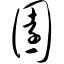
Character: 园